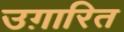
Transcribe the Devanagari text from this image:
उग़ारित